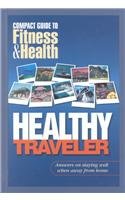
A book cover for Healthy Traveler: Answers on Staying Well Away from Home (Compact Guide to Fitness & Health); Health Clinic Mayo; Teen & Young Adult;